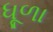
ધૂળા